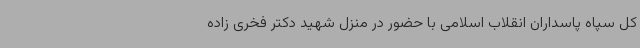
کل سپاه پاسداران انقلاب اسلامی با حضور در منزل شهید دکتر فخری زاده